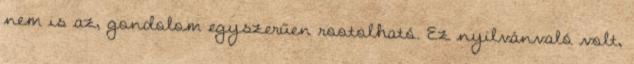
nem is az, gondolom egyszerűen rootolható. Ez nyilvánvaló volt,